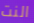
النت